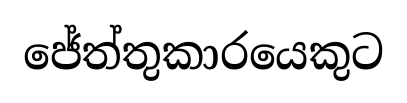
ජේත්තුකාරයෙකුට